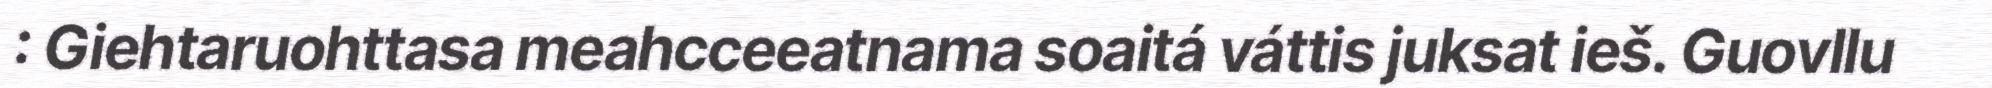
: Giehtaruohttasa meahcceeatnama soaitá váttis juksat ieš. Guovllu